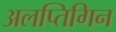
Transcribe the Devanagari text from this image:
अलप्तिगिन